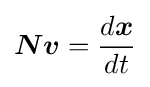
{\boldsymbol {N}}{\boldsymbol {v}}={\frac {d{\boldsymbol {x}}}{dt}}